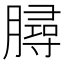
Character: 𣎟